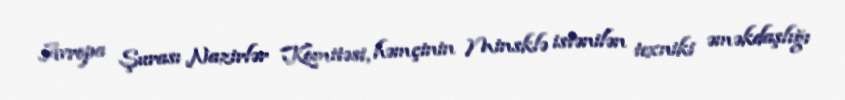
Avropa Şurası Nazirlər Komitəsi, həmçinin Minsklə istənilən texniki əməkdaşlığı